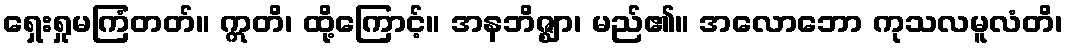
ရှေးရှုမကြံတတ်။ ဣတိ၊ ထို့ကြောင့်။ အနဘိဇ္ဈာ၊ မည်၏။ အလောဘော ကုသလမူလံတိ၊